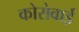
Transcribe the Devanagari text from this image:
कोरोवाई